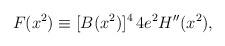
LaTeX: \begin{align*}F(x^2)\equiv[B(x^2)]^4 \,4e^2H''(x^2),\end{align*}